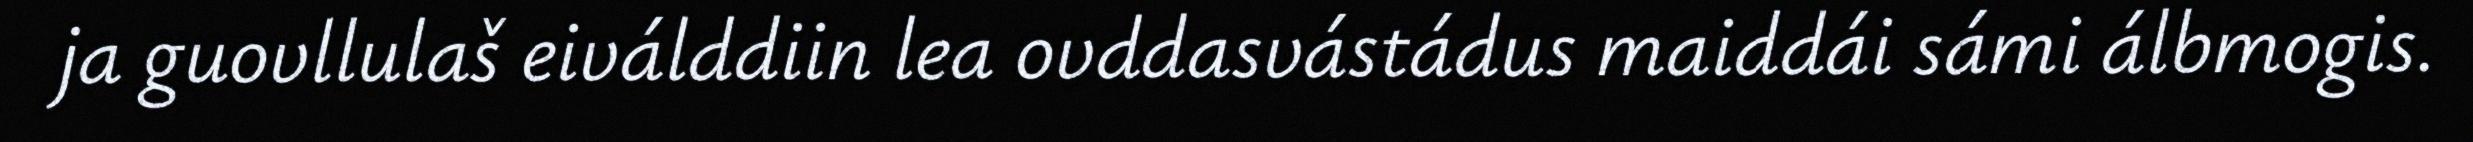
ja guovllulaš eiválddiin lea ovddasvástádus maiddái sámi álbmogis.